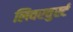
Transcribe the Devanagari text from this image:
लिवरवुर्स्ट